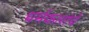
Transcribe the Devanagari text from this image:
धर्मकारांचें